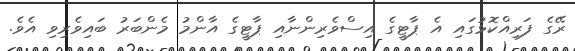
ރޭގެ ފަރިއްކޮޅުގައި އެ ޕާޓީގެ އިސްވެރިންނާއި ޕާޓީގެ އާންމު މެންބަރު ބައިވެރިވި އެވެ.